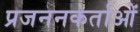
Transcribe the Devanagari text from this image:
प्रजननकर्ताओं